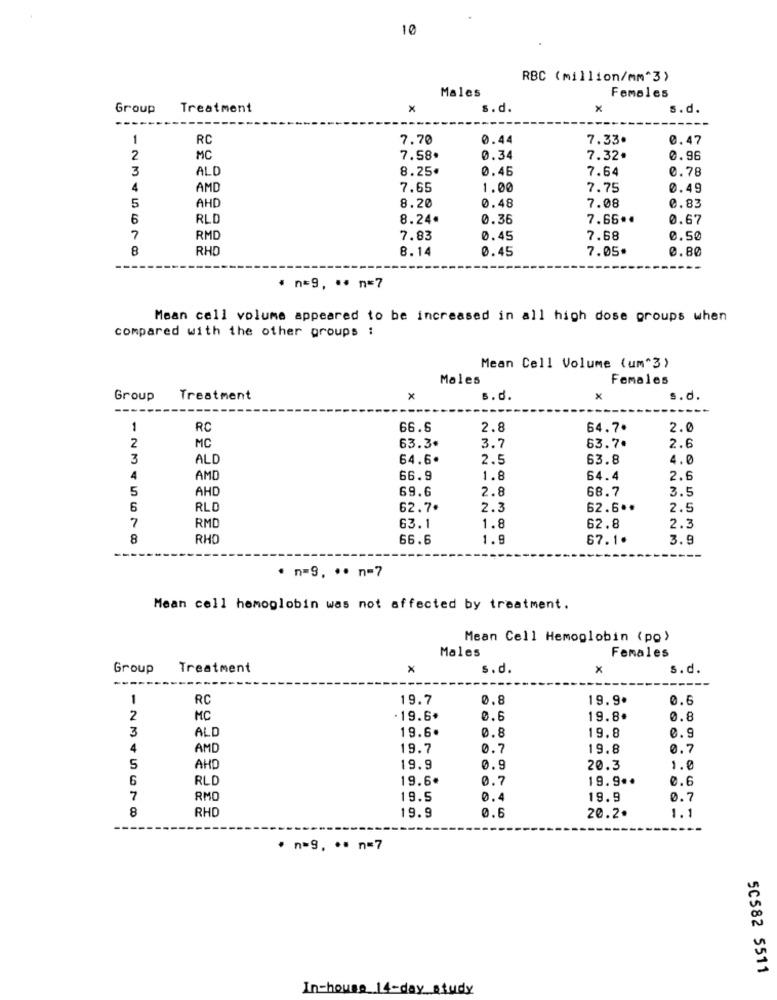
10
RBC (million/mm^3)
Males
Females
Group
Treatment
x
s.d.
x
s.d.
1
RC
7.70
0.44
7.33.
0.47
2
MC
7.58.
0.34
7.32.
0.96
3
ALD
8.25€
0.46
7.64
0.78
4
AMD
7.65
1.00
7.75
0.49
AHD
0.48
5
8.20
7.08
0.83
6
RLD
8.24*
0.36
7.66 **
0.67
7
RMD
7.83
0.45
7.68
0.50
8
RHD
8.14
0.45
7.05.
0.80
. n=9, ·· n=7
Mean cell volume appeared to be increased in all high dose proups when
compared with the other groups :
Mean Cell Volume (um"3)
Males
Females
Group
Treatment
X
s.d.
X
s.d.
1
RC
66.6
2.8
64.7.
2.0
63.7.
2
MC
63.3+
3.7
2.6
3
ALD
64.6.
2.5
63.8
4.0
4
AMD
66.9
1.8
64.4
2.6
5
AHD
69.6
2.8
68.7
3.5
6
RLD
62.7*
2.3
62.6 **
2.5
7
RMD
63.1
1.8
62.8
2.3
8
RHO
66.6
1.5
67.1.
3.9
. n=9. .. n=7
Mean cell hemoglobin was not affected by treatment.
Mean Cell Hemoglobin (po)
Males
Females
Group
Treatment
×
s.d.
x
s.d.
1
RC
19.7
0.8
19.9.
0.6
2
MC
·19.6.
19.8.
0.8
3
ALD
19.6.
0.8
19.8
0.9
4
AMD
19.7
19.8
0.7
5
AHD
19.9
0.9
20.3
1.0
6
RLD
19.6.
19.9 ..
0.6
7
RMO
19.5
0.4
19.9
0.7
8
RHO
0.6
19.9
20.2.
1.1
· n=9, ·· n=7
50582 5511
In-house_14-day_study